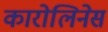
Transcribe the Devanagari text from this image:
कारोलिनेस